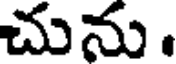
చును .